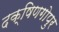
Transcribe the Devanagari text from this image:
दक्षिणगोपुर